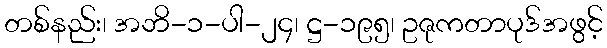
တစ်နည်း၊ အဘိ-၁-ပါ-၂၄၊ ဋ္ဌ-၁၉၅၊ ဥဇုကတာပုဒ်အဖွင့်